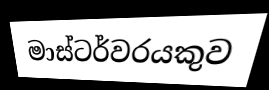
මාස්ටර්වරයකුව